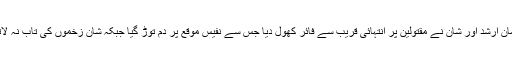
پولیس ذرائع کے مطابق دو ملزمان ارشد اور شان نے مقتولین پر انتہائی قریب سے فائر کھول دیا جس سے نفیس موقع پر دم توڑ گیا جبکہ شان زخموں کی تاب نہ لاتے ہوئے جان کی بازی ہار گیا۔